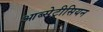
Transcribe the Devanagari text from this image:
आब्सेट्रीसियन